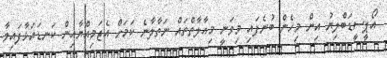
އޯޕީސީޑަބްލިޔު އިން މިހެން ބުނެފައި މިވަނީ މިއާލާތްތައް ނަތާލާނެ ކަމަށް އެޖަމިއްޔާއިން ކަނޑައަޅާފައިވާ